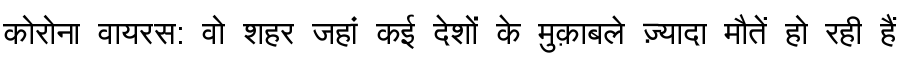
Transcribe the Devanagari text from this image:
कोरोना वायरस: वो शहर जहां कई देशों के मुक़ाबले ज़्यादा मौतें हो रही हैं